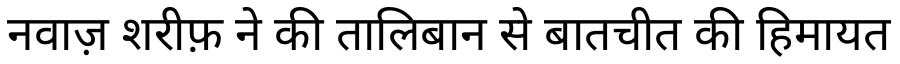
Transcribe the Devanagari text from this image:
नवाज़ शरीफ़ ने की तालिबान से बातचीत की हिमायत